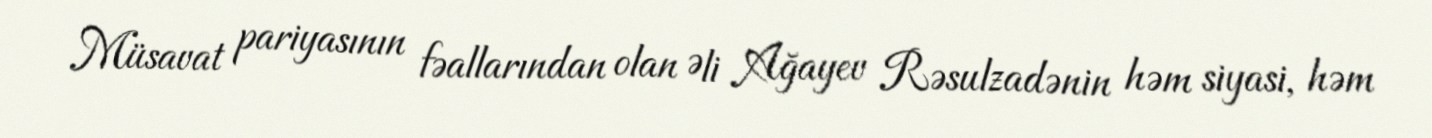
Müsavat pariyasının fəallarından olan Əli Ağayev Rəsulzadənin həm siyasi, həm